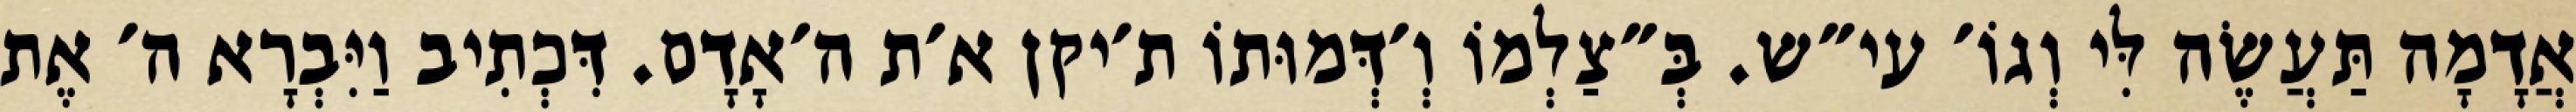
אֲדָמָה תַּעֲשֶׂה לִּי וְגוֹ׳ עי״ש. בְּ״צַלְמוֹ וְ׳דְּמוּתוֹ ת׳יקן א׳ת ה׳אָדָם. דִּכְתִיב וַיִּבְרָא ה׳ אֶת